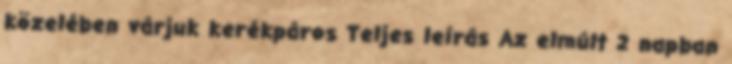
közelében várjuk kerékpáros Teljes leírás Az elmúlt 2 napban